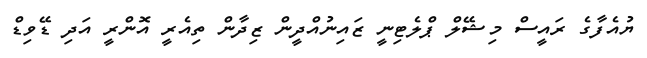
ޔުއެފާގެ ރައީސް މިޝޭލް ޕްލެޓިނީ ޒައިނުއްދީން ޒިދާން ތިއެރީ އޮންރީ އަދި ޑޭވިޑް